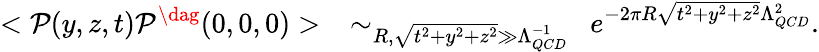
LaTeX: <{\cal P}(y,z,t){\cal P}^{\dag}(0,0,0)>~~\sim_{R,\sqrt{t^{2}+y^{2}+z^{2}}\gg\Lambda_{QCD}^{-1}}~~e^{-2\pi R\sqrt{t^{2}+y^{2}+z^{2}}\Lambda_{QCD}^{2}}.